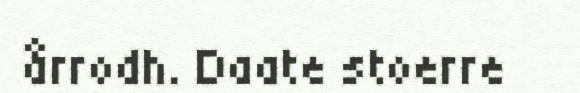
årrodh. Daate stoerre